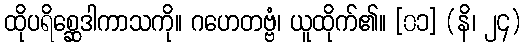
ထိုပရိစ္ဆေဒါကာသကို။ ဂဟေတဗ္ဗံ၊ ယူထိုက်၏။ [၀၁] (နိ၊ ၂၄)